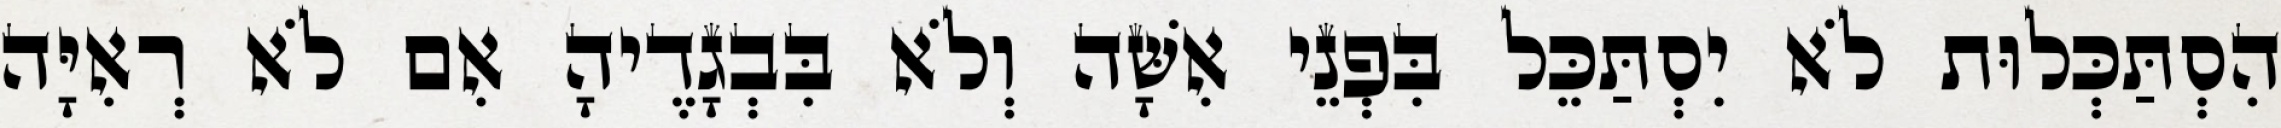
הִסְתַּכְּלוּת לֹא יִסְתַּכֵּל בִּפְנֵי אִשָּׁה וְלֹא בִּבְגָדֶיהָ אִם לֹא רְאִיָּה